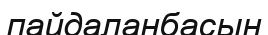
пайдаланбасын